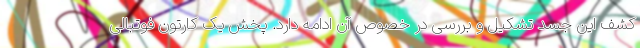
کشف این جسد تشکیل و بررسی در خصوص آن ادامه دارد. پخش یک کارتون فوتبالی